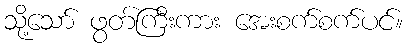
သို့သော် ဖွတ်ကြီးကား အေးစက်စက်ပင်။